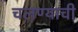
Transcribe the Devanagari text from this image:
चलण्याची